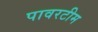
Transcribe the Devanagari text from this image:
पावरटीम